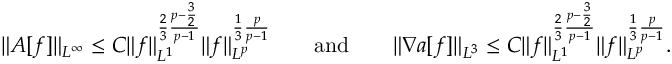
\| A [ f ] \| _ { L ^ { \infty } } \le C \| f \| _ { L ^ { 1 } } ^ { \frac { 2 } { 3 } \frac { p - \frac { 3 } { 2 } } { p - 1 } } \| f \| _ { L ^ { p } } ^ { \frac { 1 } { 3 } \frac { p } { p - 1 } } \qquad \mathrm { a n d } \qquad \| \nabla a [ f ] \| _ { L ^ { 3 } } \le C \| f \| _ { L ^ { 1 } } ^ { \frac { 2 } { 3 } \frac { p - \frac { 3 } { 2 } } { p - 1 } } \| f \| _ { L ^ { p } } ^ { \frac { 1 } { 3 } \frac { p } { p - 1 } } .